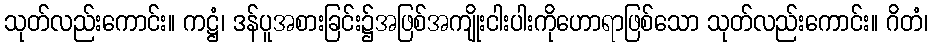
သုတ်လည်းကောင်း။ ကဋ္ဌံ၊ ဒန်ပူအစားခြင်း၌အဖြစ်အကျိုးငါးပါးကိုဟောရာဖြစ်သော သုတ်လည်းကောင်း။ ဂိတံ၊